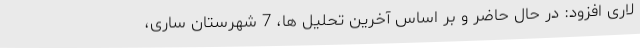
لاری افزود: در حال حاضر و بر اساس آخرین تحلیل ها، 7 شهرستان ساری،